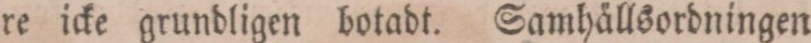
re icke grundligen botadt. Samhällsordningen